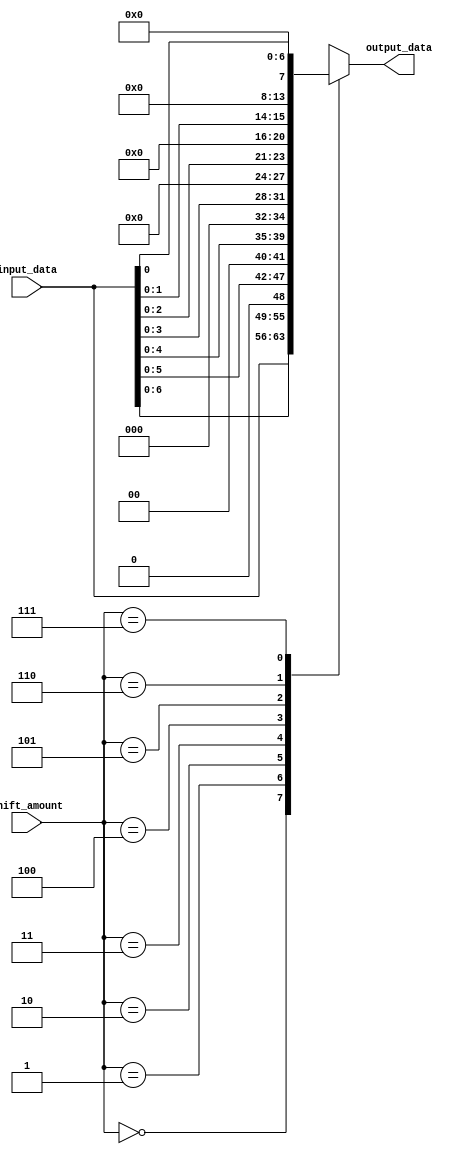
module barrel_shifter (
    input wire [7:0] input_data,
    input wire [2:0] shift_amount,
    output reg [7:0] output_data
);

always @* begin
    case(shift_amount)
        3'd0: output_data = input_data;
        3'd1: output_data = input_data << 1;
        3'd2: output_data = input_data << 2;
        3'd3: output_data = input_data << 3;
        3'd4: output_data = input_data << 4;
        3'd5: output_data = input_data << 5;
        3'd6: output_data = input_data << 6;
        3'd7: output_data = input_data << 7;
        
        default: output_data = 8'd0;
    endcase
end

endmodule